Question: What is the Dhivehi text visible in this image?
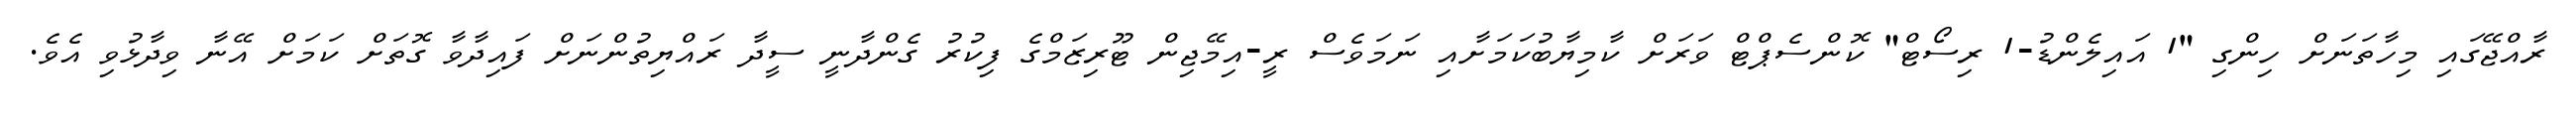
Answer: ރާއްޖޭގައި މިހާތަނަށް ހިންގި "1 އައިލެންޑު-1 ރިސޯޓް" ކޮންސެޕްޓް ވަރަށް ކާމިޔާބުކަމަށާއި ނަމަވެސް ރީ-އިމޭޖިން ޓޫރިޒަމްގެ ފިކުރު ގެންދާނީ ސީދާ ރައްޔިތުންނަށް ފައިދާވާ ގޮތަށް ކަމަށް އޭނާ ވިދާޅުވި އެވެ.